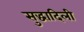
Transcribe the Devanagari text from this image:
सुद्धादिली